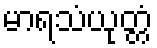
မာရသံယုတ္တံ